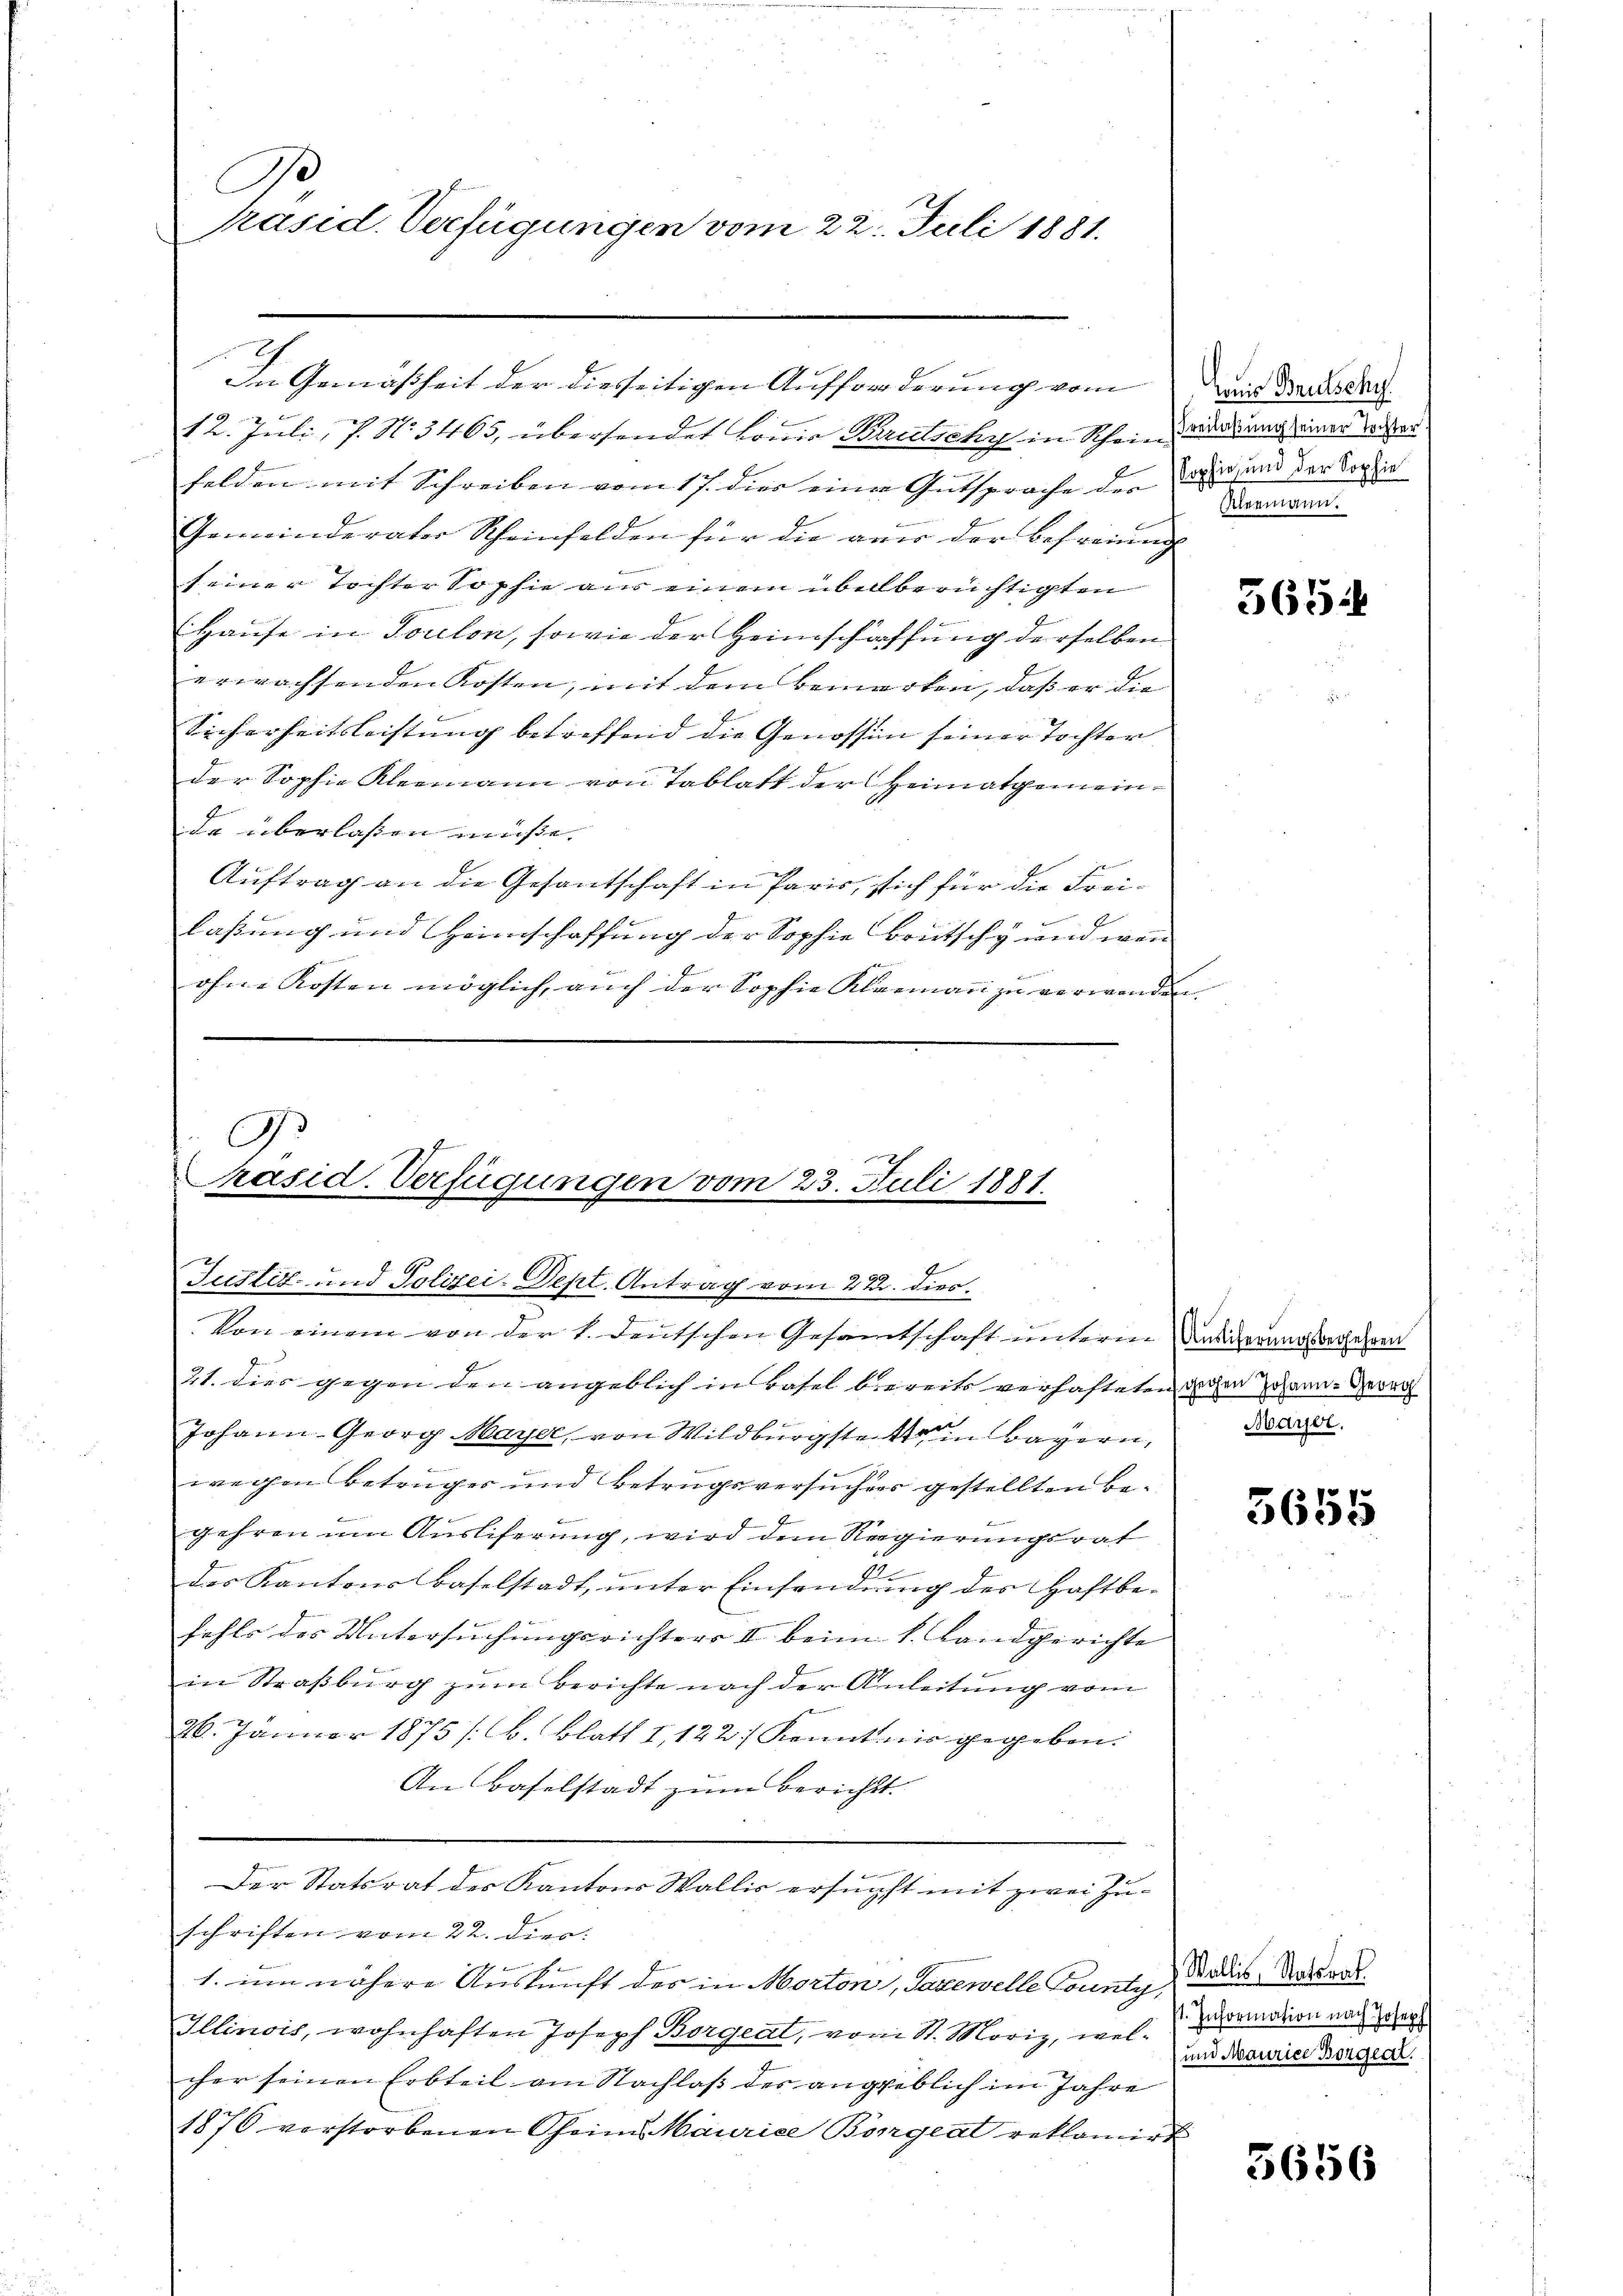
B
Präsid. Verfügungen vom 22. Juli 1881.

In Gemäßheit der diesseitigen Aufforderung vom
12. Juli, P. No. 3465, übersendet Loria Brutschy in Schein worderung einer Ver
felden mit Schreiben vom 17. dies einen Gutsproche der aber und der Sophie
Gemeinderater Scheinfelden für die aner der Befreiung
f einer Tochter Sophie aus einem überberüchtigten
Hause in Toulon, sowie der Heimschaffung derselben
erwachsenden Kosten, mit dem Bemerken, daß er die
Sicherheitsleistung betreffend die Genossen seiner Tochter
der Sophie Kleemann von Tablatt der Heimatgemeinda überlassen müße.
Auftrag an die Gesantschaft in Paris, sich für die Frei¬
E
laßung und Heimschaffung der Sophie Brutschy um wen
.
ohne Kosten möglich, auch der Sophie Kleemann zu verwenden

G
Präsid. Verfügungen vom 23. Juli 1881.

Justiz- und Polizei-Dept. Antrag vom 22. dies
21. dies gegen den angeblich in Basel bereits verhafteten dichen Johann-Gerich
Johann Georg Mayer, von Wildburgsten Bayern,
wegen Betruges und Betrugsversuches gestellten Begehren um Auslieferung, wird dem Regierungsrat
des Kantons Baselstadt, unter Einsendung des Haftbe-
fahls der Untersuchungsrichters II beim k. Landgerichte
in Straßburg zum Berichte nach der Anleitung vom
26. Januar 1875 /B. Blatt I, 122.) Kenntnis gegeben.
An Baselstadt zum berichtt
Der Statsrat des Kantons Wallis ersuchst mit zwei Zuschriften vom 22. Dier.
d
1. um nähere Auskunft des in Morton, Taxewelle Tounty,
Illinois, wohnhaften Joseph Borgeat, vom St. Moriz, wel-Brandern nach der
cher seinen Erbteil am Nachlaß des angeblich im Jahre
1876 vorstorbenen Theim Maurice Böngeat reklamirt

Von einem von der 1. Deutschen Gesamtschaft unterm Anderungsverfahren

Louis Brutschy.
Alermann.

565:

Mayer.

ammen

3655

Wallis, Statsrat.
) und Maurice Borgeat.

3656